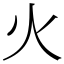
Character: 火